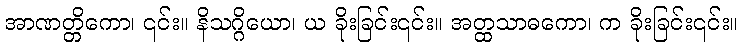
အာဏတ္တိကော၊ ၎င်း။ နိသဂ္ဂိယော၊ ယ ခိုးခြင်း၎င်း။ အတ္ထသာဓကော၊ က ခိုးခြင်း၎င်း။